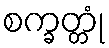
စက္ခတ္တုံ